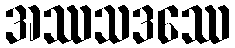
အဿသဒဿေ